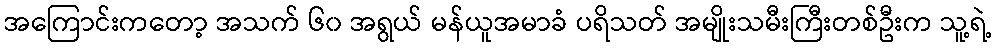
အကြောင်းကတော့ အသက် ၆၀ အရွယ် မန်ယူအမာခံ ပရိသတ် အမျိုးသမီးကြီးတစ်ဦးက သူ့ရဲ့